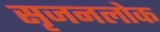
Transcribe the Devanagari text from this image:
सृजनलोक